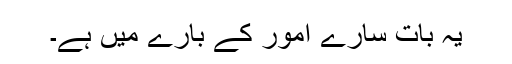
یہ بات سارے امور کے بارے میں ہے۔